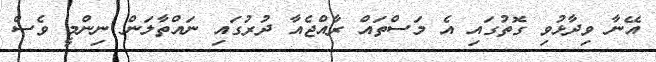
އޭނާ ވިދާޅުވި ގޮތުގައި އެ މަސްތައް ރާއްޖެއާ ދުރުގައި ނައްތާލަން ނިންމީ ވެސް